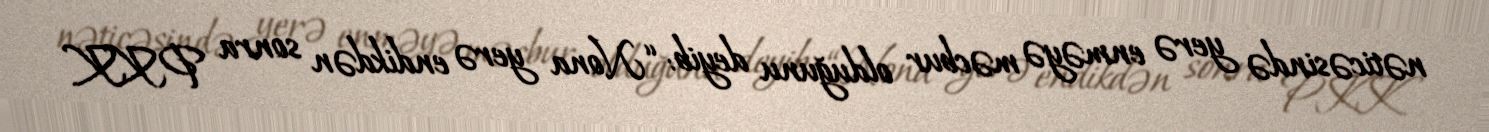
nəticəsində yerə enməyə məcbur olduğunu deyib: “Nona yerə endikdən sonra PKK